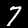
Digit: 7